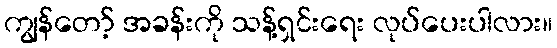
ကျွန်တော့် အခန်းကို သန့်ရှင်းရေး လုပ်ပေးပါလား။